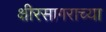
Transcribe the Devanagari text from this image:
क्षीरसागराच्या